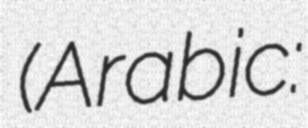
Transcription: (Arabic: